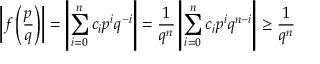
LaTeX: \left| f \left( { \frac { p } { q } } \right) \right| = \left| \sum _ { i = 0 } ^ { n } c _ { i } p ^ { i } q ^ { - i } \right| = { \frac { 1 } { q ^ { n } } } \left| \sum _ { i = 0 } ^ { n } c _ { i } p ^ { i } q ^ { n - i } \right| \geq { \frac { 1 } { q ^ { n } } }